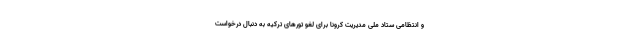
و انتظامی ستاد ملی مدیریت کرونا برای لغو تورهای ترکیه به دنبال درخواست